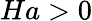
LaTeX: Ha>0